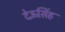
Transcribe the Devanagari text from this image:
देऊसिंह